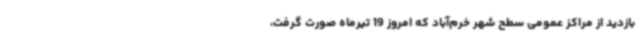
بازدید از مراکز عمومی سطح شهر خرم‌آباد که امروز 19 تیرماه صورت گرفت،